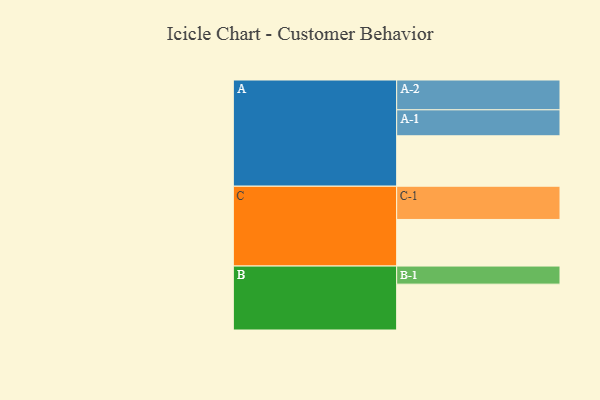
{"axis": {"x": "Segment", "y": "Value"}, "legend": ["", "A", "B", "C"], "data": [{"x": "A", "y": 340, "type": ""}, {"x": "B", "y": 309, "type": ""}, {"x": "C", "y": 314, "type": ""}, {"x": "A-1", "y": 175, "type": "A"}, {"x": "A-2", "y": 201, "type": "A"}, {"x": "B-1", "y": 122, "type": "B"}, {"x": "C-1", "y": 224, "type": "C"}]}